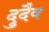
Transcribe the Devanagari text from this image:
दुदैव